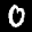
Label: 0